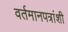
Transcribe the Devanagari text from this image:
वर्तमानपत्रांशी